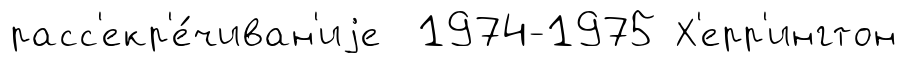
расс'екр'е́чиван'иjе 1974-1975 Х'ерр'ингтон